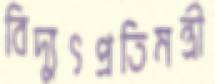
বিদ্যুৎপ্রতিমন্ত্রী